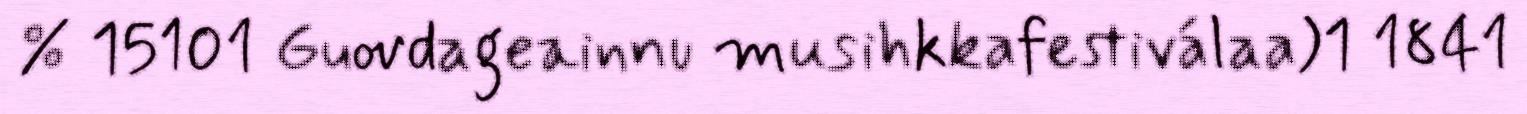
% 15101 Guovdageainnu musihkkafestiválaa)1 1841